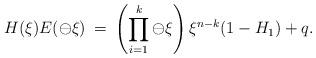
LaTeX: \begin{align*} H(\xi)E(\ominus \xi)\:=\: \left( \prod_{i=1}^k \ominus \xi \right) \xi^{n-k} (1-H_1) + q \/. \end{align*}